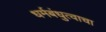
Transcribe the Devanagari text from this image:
धर्मबंधुत्वाचा